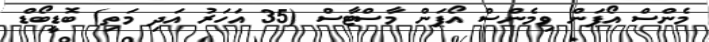
މެންސް އޯޕަން ވިމެންސް އޯޕަން މާސްޓާސް (35 އަހަރު އަދި މަތި) ބޮޑީބޯޑް